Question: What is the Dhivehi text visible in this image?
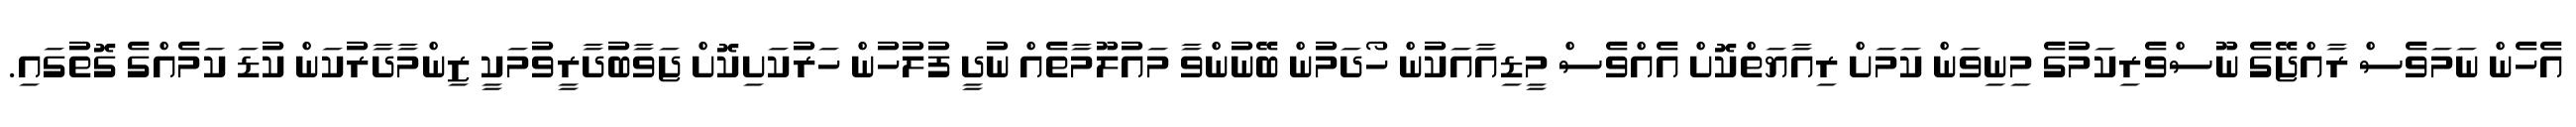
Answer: އެހެން ނަމަވެސް ރާއްޖޭގެ ނޫސްވެރިކަމުގެ މިނިވަން ކަމަށް ރިއާޔަތްކޮށް އެއްވެސް މީޑިއާއަކުން ހޯދަމުން ބޭނުންވާ މައުލޫމާތެއް ނުދީ ފުލުހުން ހަރުކަށިކޮށް ޖަވާބުދާރީވުމަކީ ޒިންމާދާރުކަން ކުޑަ ކަމެއްގެ ގޮތުގައި.